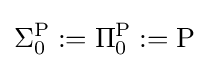
\Sigma _{0}^{\mathrm {P} }:=\Pi _{0}^{\mathrm {P} }:=\mathrm {P}